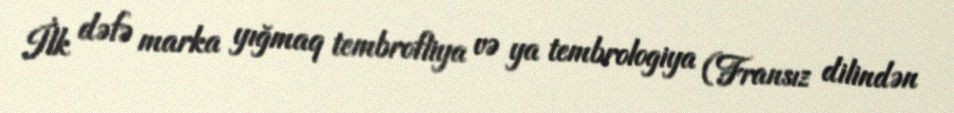
İlk dəfə marka yığmaq tembrofliya və ya tembrologiya (Fransız dilindən